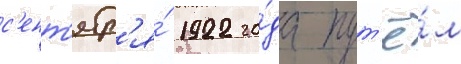
с'ент'ябр'я́ 1922 го́да пут'ё́м